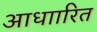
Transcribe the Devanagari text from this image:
आधाारित